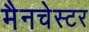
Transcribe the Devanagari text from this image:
मैनचेस्‍टर